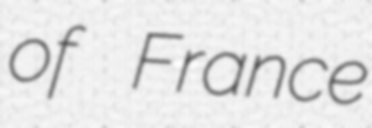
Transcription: of France